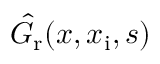
\hat { G } _ { \mathrm { r } } ( x , x _ { \mathrm { i } } , s )